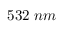
5 3 2 \; n m